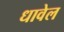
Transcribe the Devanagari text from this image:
धावेल